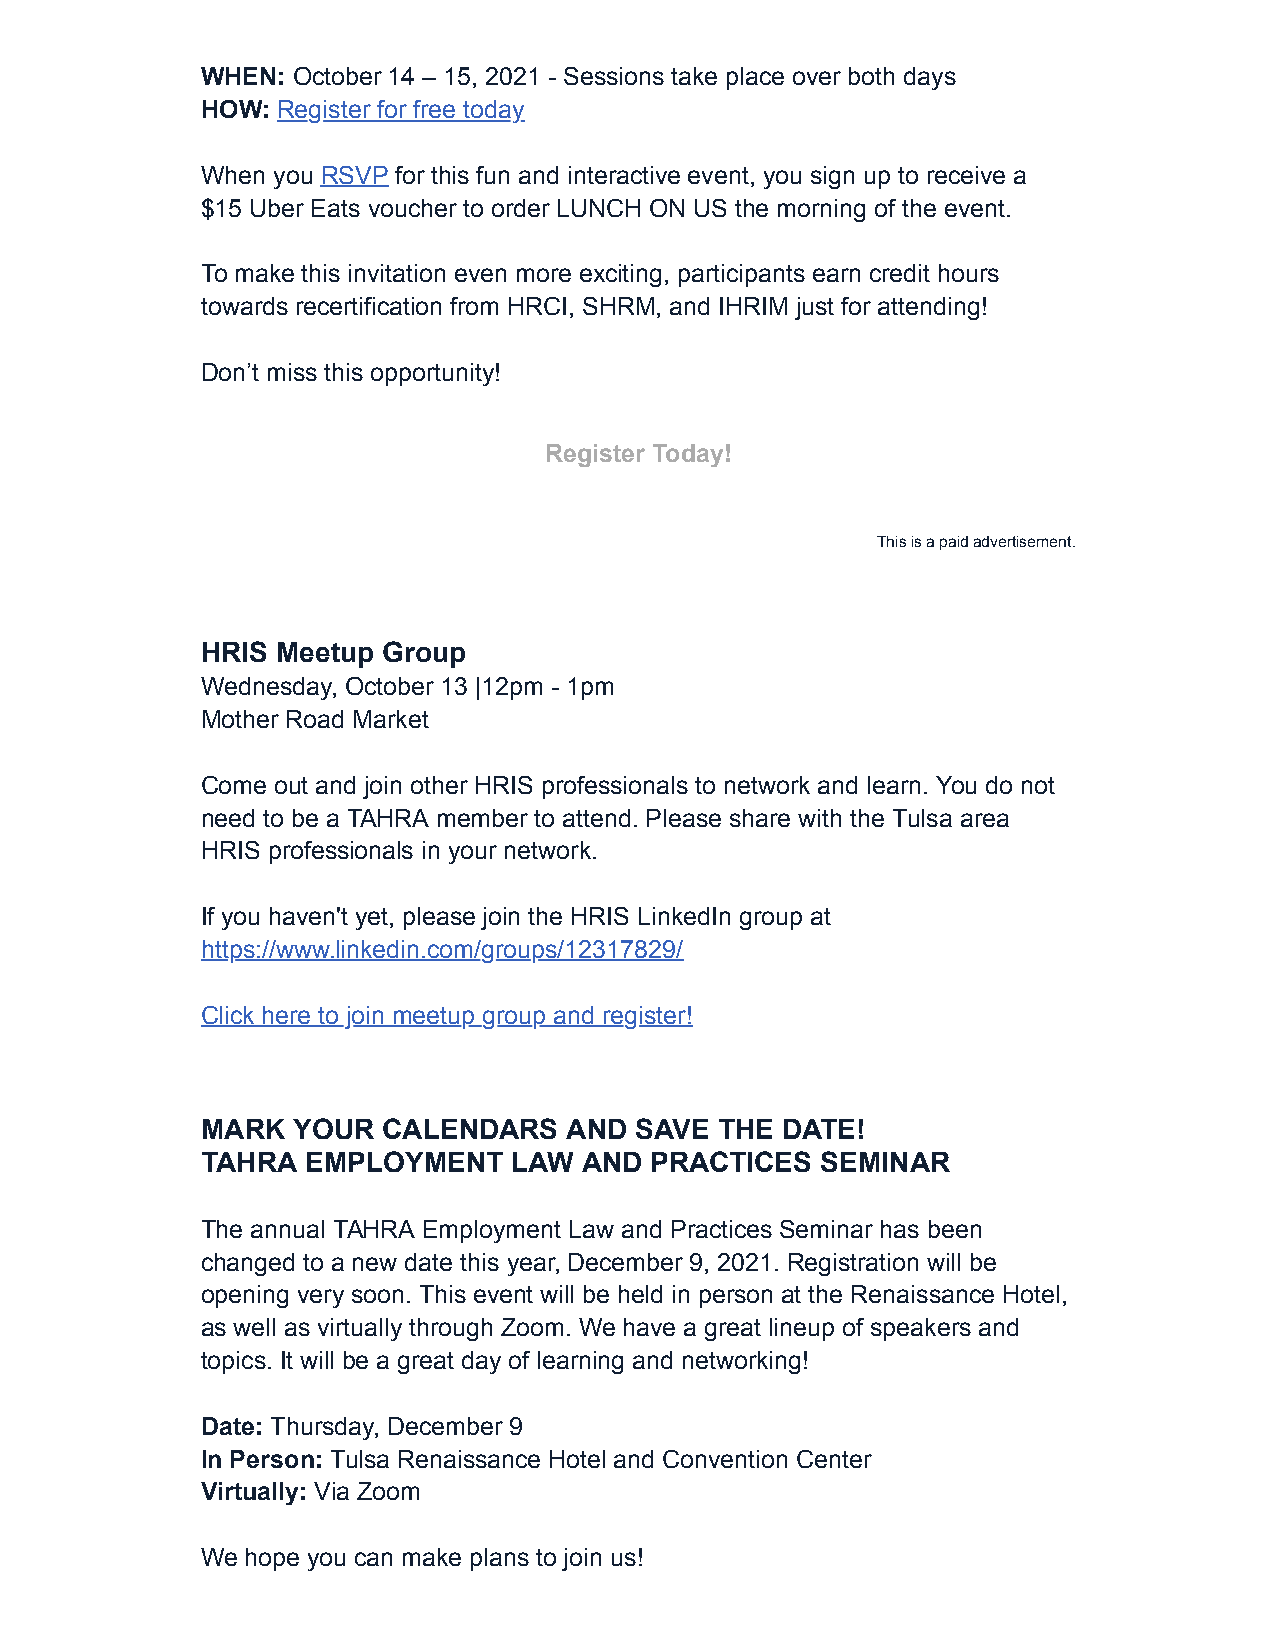
WHEN: October 14 – 15, 2021 - Sessions take place over both days
 HOW: Register for free today
 When you RSVP for this fun and interactive event, you sign up to receive a
 $15 Uber Eats voucher to order LUNCH ON US the morning of the event.
 To make this invitation even more exciting, participants earn credit hours
 towards recertification from HRCI, SHRM, and IHRIM just for attending!
 Don’t miss this opportunity!
 Register Today!
 This is a paid advertisement.
 HRIS Meetup Group
 Wednesday, October 13 |12pm - 1pm
 Mother Road Market
 Come out and join other HRIS professionals to network and learn. You do not
 need to be a TAHRA member to attend. Please share with the Tulsa area
 HRIS professionals in your network.
 If you haven't yet, please join the HRIS LinkedIn group at
 https://www.linkedin.com/groups/12317829/
 Click here to join meetup group and register!
 MARK  YOUR  CALENDARS    AND SAVE  THE DATE!
 TAHRA  EMPLOYMENT    LAW  AND PRACTICES  SEMINAR
 The annual TAHRA Employment Law and Practices Seminar has been
 changed to a new date this year, December 9, 2021. Registration will be
 opening very soon. This event will be held in person at the Renaissance Hotel,
 as well as virtually through Zoom. We have a great lineup of speakers and
 topics. It will be a great day of learning and networking!
 Date: Thursday, December 9
 In Person: Tulsa Renaissance Hotel and Convention Center
 Virtually: Via Zoom
 We hope you can make plans to join us!